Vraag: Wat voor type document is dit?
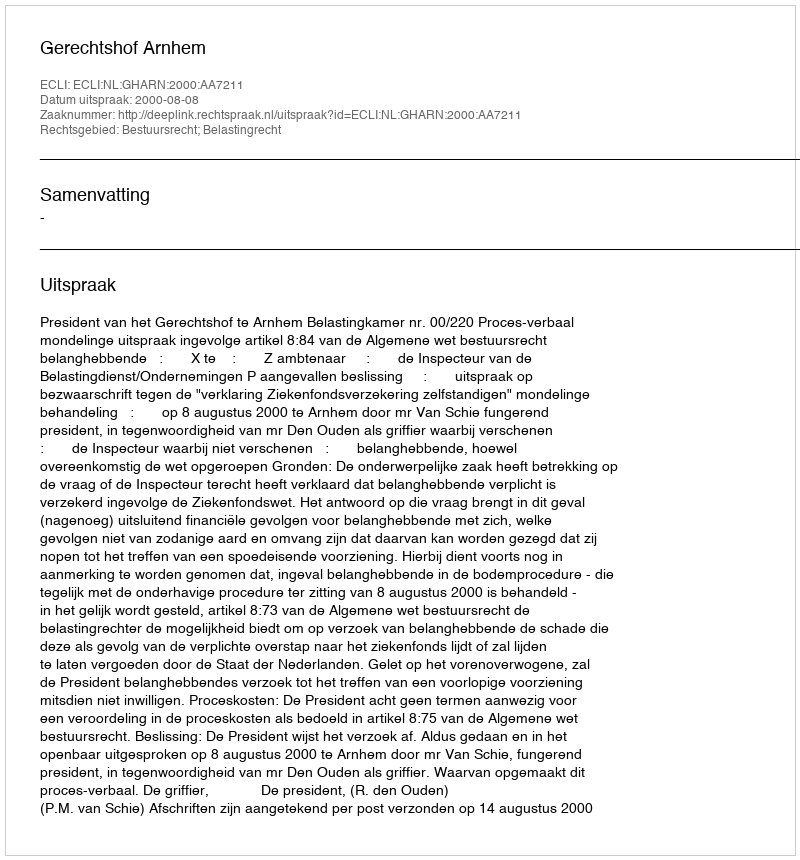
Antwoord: Uitspraak